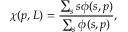
\chi ( p , L ) = \frac { \sum _ { s } s \phi ( s , p ) } { \sum _ { s } \phi ( s , p ) } ,